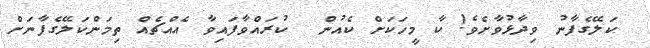
ކަލޭގެފާނު ވިދާޅުވާށެވެ! ކާ މީހަކަށް ކެއުން  ކުރައްވާފައިވާ އެއްޗެއް ތިމަންކަލޭގެފާނަށް